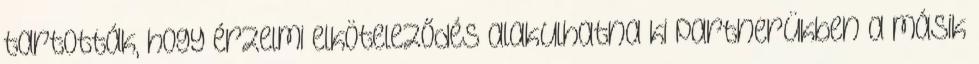
tartották, hogy érzelmi elköteleződés alakulhatna ki partnerükben a másik